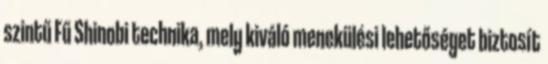
szintű Fű Shinobi technika, mely kiváló menekülési lehetőséget biztosít